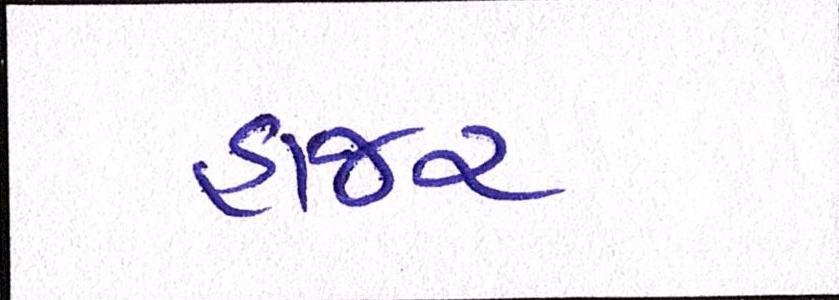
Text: હાજર